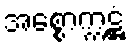
အစ္စောက္ကဋ္ဌံ